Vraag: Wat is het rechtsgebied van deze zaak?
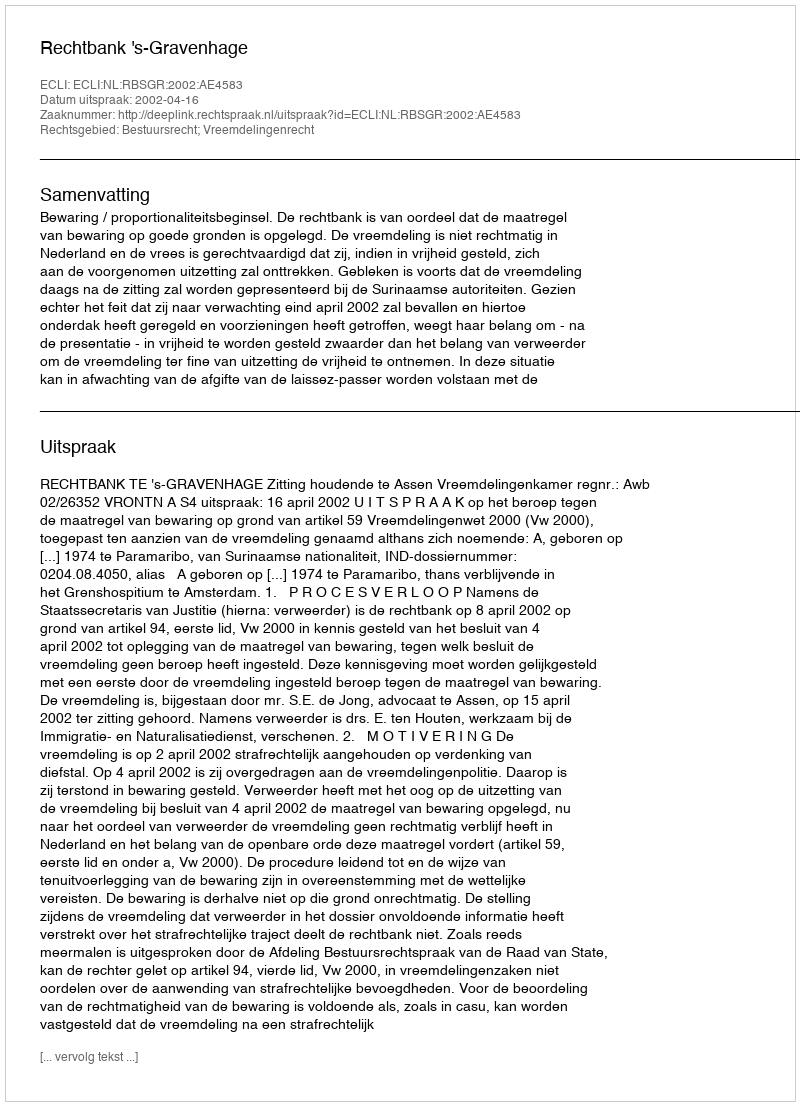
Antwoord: Bestuursrecht; Vreemdelingenrecht